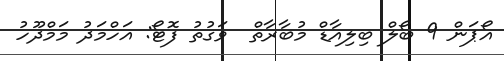
އޯޕަން 9 ބޯލް ބިލިއާޑް މުބާރާތް  ވަގުތު ފޮޓޯ: އަހްމަދު މަމްދޫހު